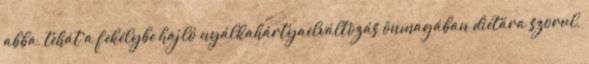
abba, tehát a fekélybe hajló nyálkahártyaelváltozás önmagában diétára szorul,